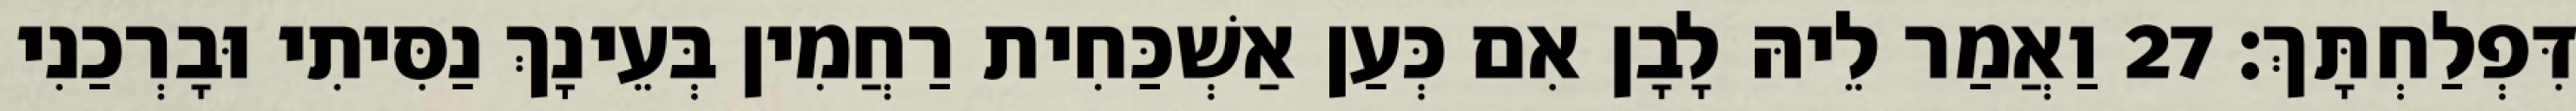
דִּפְלַחְתָּךְ׃ 27 וַאֲמַר לֵיהּ לָבָן אִם כְּעַן אַשְׁכַּחִית רַחֲמִין בְּעֵינָךְ נַסִּיתִי וּבָרְכַנִי